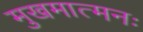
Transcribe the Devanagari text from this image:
मुखमात्मनः